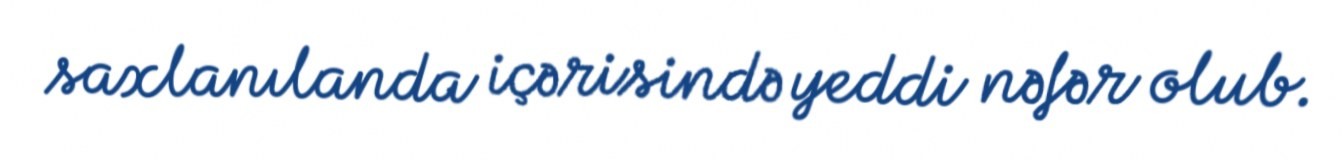
saxlanılanda içərisində yeddi nəfər olub.